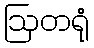
ဩတရုံ